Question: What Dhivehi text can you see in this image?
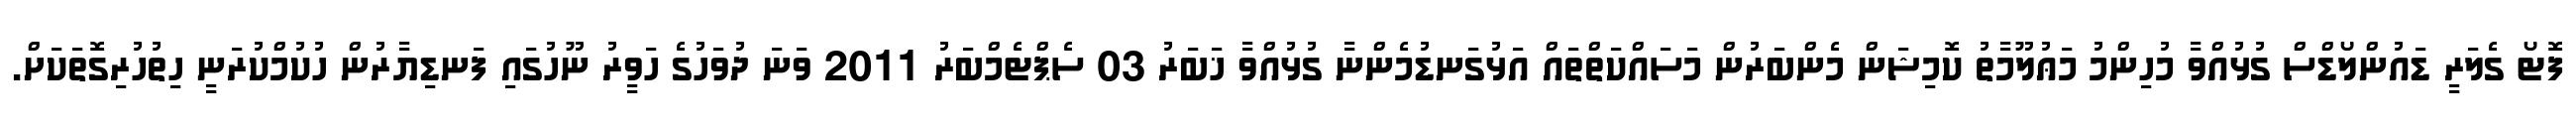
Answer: ފޮޓޯ ގެލަރީ ޑައުންލޯޑްސް ގުޅުއްވާ މުހިންމު މަޢުލޫމާތު ކޮމިޝަން މެންބަރުން މަސައްކަތްތައް އަޅުގަނޑުމެންނާ ގުޅުއްވާ ޚަބަރު 03 ސެޕްޓެމްބަރު 2011 ވަނަ ދުވަހުގެ ހަވީރު ނޫހުގައި ފަނޑިޔާރުން ހުކުމްކުރަނީ ހިތުހުރިގޮތަކަށް.